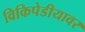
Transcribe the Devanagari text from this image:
विकिपेडीयावर